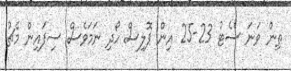
ތިން ވަނަ ސެޓު 23-25 އިން ޕޮލިސް ހޯދި ނަމަވެސް ސިފައިން މެޗު